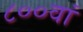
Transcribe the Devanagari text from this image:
८००वां